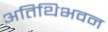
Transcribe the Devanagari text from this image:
अतिथिभवन